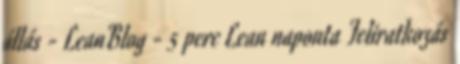
állás - LeanBlog - 5 perc Lean naponta Feliratkozás